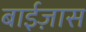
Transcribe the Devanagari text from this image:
बाईज़ास